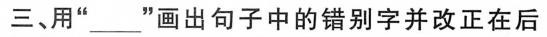
三、用“___”画出句子中的错别字并改正在后